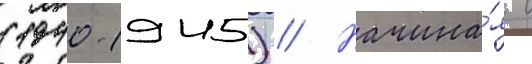
(1940-1945) // Начина́я с